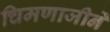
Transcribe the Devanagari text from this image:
चिमणाजीनें